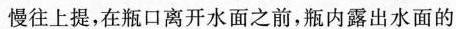
慢往上提，在瓶口离开水面之前，瓶内露出水面的